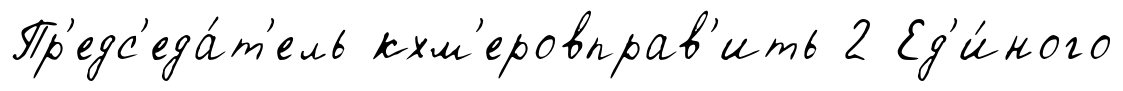
Пр'едс'еда́т'ель кхм'еровправ'ить 2 Ед'и́ного